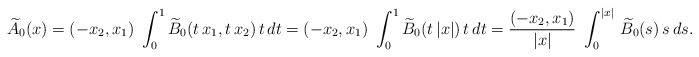
LaTeX: \begin{align*}\widetilde A_0(x) & = (-x_2, x_1)\ \int_0^1 \widetilde B_0( t\, x_1, t\, x_2)\, t\, dt = (-x_2, x_1)\ \int_0^1 \widetilde B_0( t\, |x|)\, t\, dt = \frac{(-x_2, x_1)}{|x|}\ \int_0^{|x|}\, \widetilde B_0(s)\, s\, ds. \end{align*}